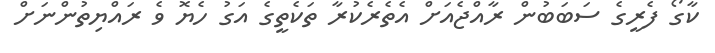
ކާގޯ ފެރީގެ ސަބަބުން ރާއްޖެއަށް އެތެރެކުރާ ތަކެތީގެ އަގު ހެޔޮ ވެ ރައްޔިތުންނަށް